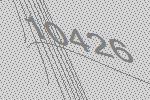
10426